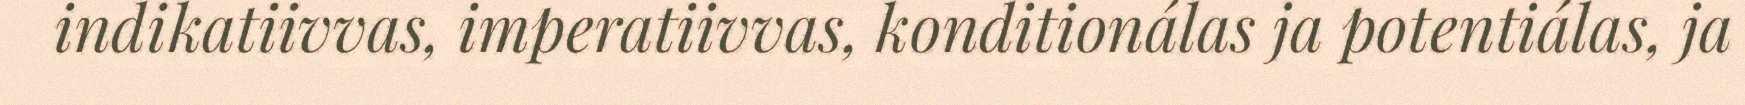
indikatiivvas, imperatiivvas, konditionálas ja potentiálas, ja